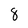
Character: 8